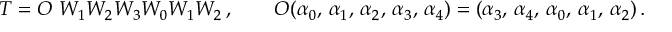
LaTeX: T = { \cal O } ~ W _ { 1 } W _ { 2 } W _ { 3 } W _ { 0 } W _ { 1 } W _ { 2 } \, , \qquad { \cal O } ( \alpha _ { 0 } , \, \alpha _ { 1 } , \, \alpha _ { 2 } , \, \alpha _ { 3 } , \, \alpha _ { 4 } ) = ( \alpha _ { 3 } , \, \alpha _ { 4 } , \, \alpha _ { 0 } , \, \alpha _ { 1 } , \, \alpha _ { 2 } ) \, .